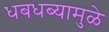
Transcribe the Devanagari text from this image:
धबधब्यामुळे